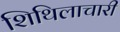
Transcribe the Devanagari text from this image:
शिथिलाचारी